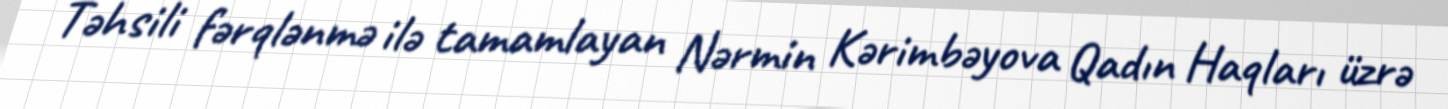
Təhsili fərqlənmə ilə tamamlayan Nərmin Kərimbəyova Qadın Haqları üzrə